Leprosy in India: report of the Leprosy Commission in India, 1890-91
Year: 1890
Disease focus: Leprosy
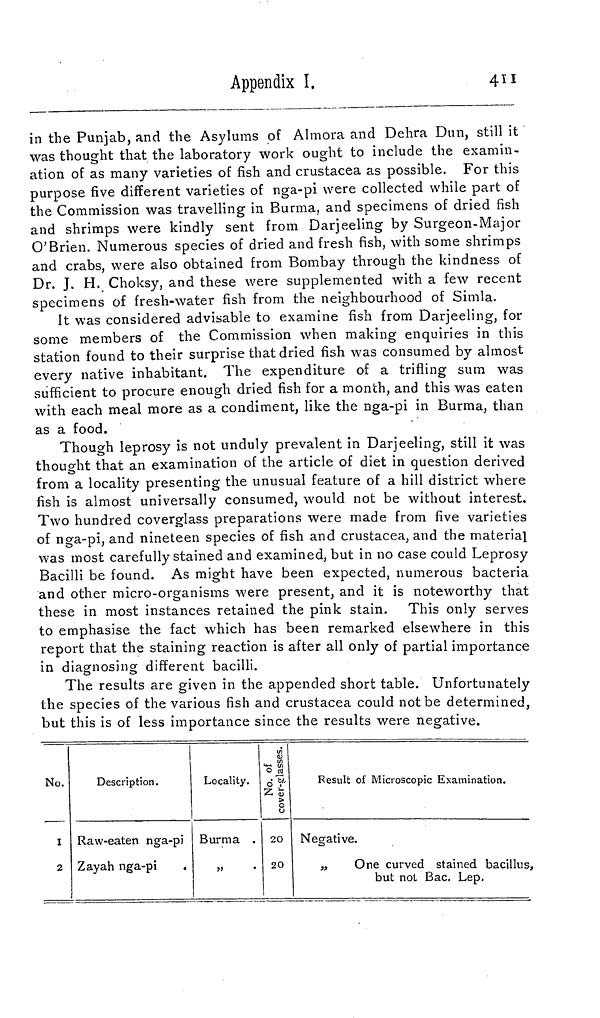
Appendix I.
411
in the Punjab, and the Asylums of Almora and Dehra Dun, still it
was thought that the laboratory work ought to include the examin-
ation of as many varieties of fish and crustacea as possible. For this
purpose five different varieties of nga-pi were collected while part of
the Commission was travelling in Burma, and specimens of dried fish
and shrimps were kindly sent from Darjeeling by Surgeon-Major
O'Brien. Numerous species of dried and fresh fish, with some shrimps
and crabs, were also obtained from Bombay through the kindness of
Dr. J. H. Choksy, and these were supplemented with a few recent
specimens of fresh-water fish from the neighbourhood of Simla.
It was considered advisable to examine fish from Darjeeling, for
some members of the Commission when making enquiries in this
station found to their surprise that dried fish was consumed by almost
every native inhabitant. The expenditure of a trifling sum was
sufficient to procure enough dried fish for a month, and this was eaten
with each meal more as a condiment, like the nga-pi in Burma, than
as a food.
Though leprosy is not unduly prevalent in Darjeeling, still it was
thought that an examination of the article of diet in question derived
from a locality presenting the unusual feature of a hill district where
fish is almost universally consumed, would not be without interest.
Two hundred coverglass preparations were made from five varieties
of nga-pi, and nineteen species of fish and crustacea, and the material
was most carefully stained and examined, but in no case could Leprosy
Bacilli be found. As might have been expected, numerous bacteria
and other micro-organisms were present, and it is noteworthy that
these in most instances retained the pink stain. This only serves
to emphasise the fact which has been remarked elsewhere in this
report that the staining reaction is after all only of partial importance
in diagnosing different bacilli.
The results are given in the appended short table. Unfortunately
the species of the various fish and crustacea could not be determined,
but this is of less importance since the results were negative.
No.
I
2
Description.
Raw-eaten nga-pi
Zayah nga-pi
Locality.
Burma .
»
No. of
cover-glasses.
20
20
Result of Microscopic Examination.
Negative.
„
One curved stained bacillus,
but not Bac. Lep.